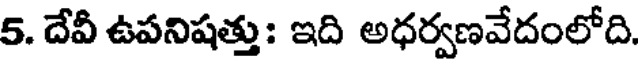
5. దేవీ ఉపనిషత్తు: ఇది అధర్వణవేదంలోది.